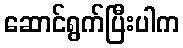
ဆောင်ရွက်ပြီးပါက